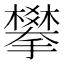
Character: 攀